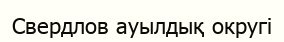
Свердлов ауылдық округі